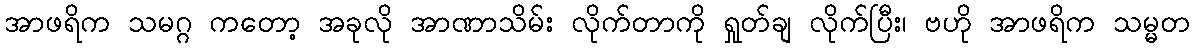
အာဖရိက သမဂ္ဂ ကတော့ အခုလို အာဏာသိမ်း လိုက်တာကို ရှုတ်ချ လိုက်ပြီး၊ ဗဟို အာဖရိက သမ္မတ